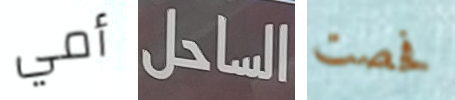
أمي الساحل فحصت